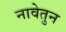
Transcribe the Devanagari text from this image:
नावेतुन